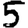
Digit: 5